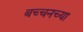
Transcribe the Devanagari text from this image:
बच्चनच्या